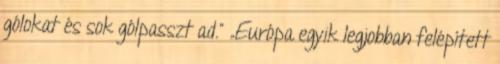
gólokat és sok gólpasszt ad." „Európa egyik legjobban felépített